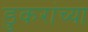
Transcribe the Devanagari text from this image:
डुकरांच्या